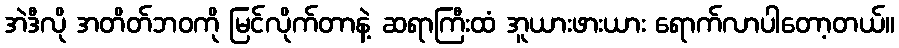
အဲဒီလို အတိတ်ဘဝကို မြင်လိုက်တာနဲ့ ဆရာကြီးထံ အူယားဖားယား ရောက်လာပါတော့တယ်။